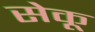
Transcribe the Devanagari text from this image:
सेकू